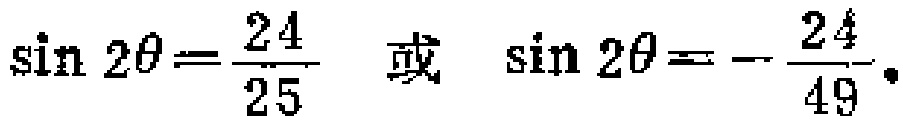
$\sin 2\theta=\frac{24}{25}\ 或\ \sin 2\theta=-\frac{24}{49}.$